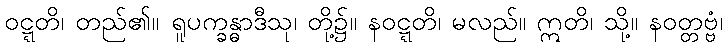
ဝဋ္ဋတိ၊ တည်၏။ ရူပက္ခန္ဓာဒီသု၊ တို့၌။ နဝဋ္ဋတိ၊ မလည်။ ဣတိ၊ သို့။ နဝတ္တဗ္ဗံ၊